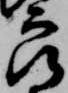
良